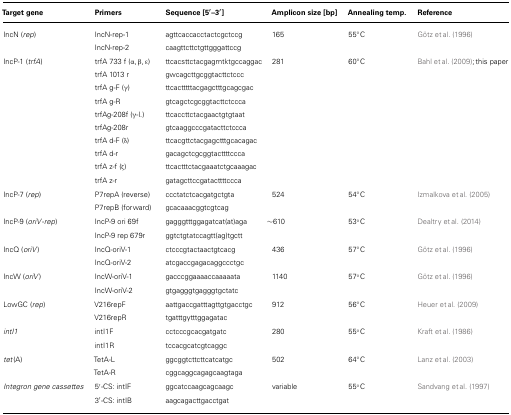
<table><thead><tr><td><b>Target gene</b></td><td><b>Primers</b></td><td><b>Sequence [5′–3′]</b></td><td><b>Amplicon size [bp]</b></td><td><b>Annealing temp.</b></td><td><b>Reference</b></td></tr></thead><tbody><tr><td>IncN (<i>rep</i>)</td><td>IncN-rep-1IncN-rep-2</td><td>agttcaccacctactcgctccgcaagttcttctgttgggattccg</td><td>165</td><td>55°C</td><td>Götz et al. (1996)</td></tr><tr><td>IncP-1 (<i>trfA</i>)</td><td>trfA 733 f (α, β, ε)trfA 1013 rtrfA g-F (γ)trfA g-RtrfAg-208f (γ-l.)trfAg-208rtrfA d-F (δ)trfA d-rtrfA z-f (ζ)trfA z-r</td><td>ttcacsttctacgagmtktgccaggacgwcagcttgcggtacttctcccttcactttttacgagctttgcagcgacgtcagctcgcggtacttctcccattcaccttctacgaactgtgtaatgtcaaggcccgatacttctcccattcacgttctacgagctttgcacagacgacagctcgcggtacttttcccattcactttctacgaaatctgcaaagacgatagcttccgatacttttccca</td><td>281</td><td>60°C</td><td>Bahl et al. (2009);this paper</td></tr><tr><td>IncP-7 (<i>rep</i>)</td><td>P7repA (reverse)P7repB (forward)</td><td>ccctatctcacgatgctgta gcacaaacggtcgtcag</td><td>524</td><td>54°C</td><td>Izmalkova et al. (2005)</td></tr><tr><td>IncP-9 (<i>oriV</i>-<i>rep</i>)</td><td>IncP-9 ori 69fIncP-9 rep 679r</td><td>gagggtttggagatcat(at)agaggtctgtatccagtt(ag)tgctt</td><td>∼610</td><td>53°C</td><td>Dealtry et al. (2014)</td></tr><tr><td>IncQ (<i>oriV</i>)</td><td>IncQ-oriV-1IncQ-oriV-2</td><td>ctcccgtactaactgtcacgatcgaccgagacaggccctgc</td><td>436</td><td>57°C</td><td>Götz et al. (1996)</td></tr><tr><td>IncW (<i>oriV</i>)</td><td>IncW-oriV-1IncW-oriV-2</td><td>gacccggaaaaccaaaaatagtgagggtgagggtgctatc</td><td>1140</td><td>57°C</td><td>Götz et al. (1996)</td></tr><tr><td>LowGC (<i>rep</i>)</td><td>V216repFV216repR</td><td>aattgaccgatttagttgtgacctgctgatttgytttggagatac</td><td>912</td><td>56°C</td><td>Heuer et al. (2009)</td></tr><tr><td><i>intI1</i></td><td>intI1FintI1R</td><td>cctcccgcacgatgatctccacgcatcgtcaggc</td><td>280</td><td>55°C</td><td>Kraft et al. (1986)</td></tr><tr><td><i>tet</i>(A)</td><td>TetA-LTetA-R</td><td>ggcggtcttcttcatcatgccggcaggcagagcaagtaga</td><td>502</td><td>64°C</td><td>Lanz et al. (2003)</td></tr><tr><td><i>Integron gene cassettes</i></td><td>5′-CS: intIF3′-CS: intIB</td><td>ggcatccaagcagcaagcaagcagacttgacctgat</td><td>variable</td><td>55°C</td><td>Sandvang et al. (1997)</td></tr></tbody></table>